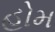
હોમ